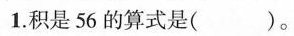
1.积是56的算式是( )。